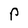
Character: P